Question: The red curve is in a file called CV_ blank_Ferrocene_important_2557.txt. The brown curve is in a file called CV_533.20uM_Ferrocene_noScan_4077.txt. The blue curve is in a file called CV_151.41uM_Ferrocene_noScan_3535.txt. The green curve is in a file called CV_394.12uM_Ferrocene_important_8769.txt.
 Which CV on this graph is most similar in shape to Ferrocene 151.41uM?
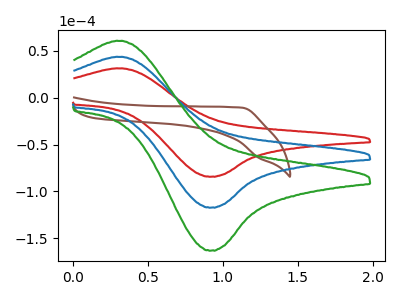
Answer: <think>The red curve "Ferrocene  blank" has an anodic peak at (0.35V, 31.30uA) and a cathodic peak at (0.90V, -84.20uA). The brown curve "Ferrocene 533.20uM" has no peaks. The blue curve "Ferrocene 151.41uM" has an anodic peak at (0.35V, 43.50uA) and a cathodic peak at (0.90V, -117.15uA). The green curve "Ferrocene 394.12uM" has an anodic peak at (0.35V, 87.05uA) and a cathodic peak at (0.90V, -234.35uA).
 "Ferrocene  blank" and "Ferrocene 533.20uM" have a different number of peaks. All the peaks in "Ferrocene  blank" have a peak in "Ferrocene 151.41uM" at the same potential. Every peak in "Ferrocene  blank" is lower than every peak in "Ferrocene 151.41uM". All the peaks in "Ferrocene  blank" have a peak in "Ferrocene 394.12uM" at the same potential. Every peak in "Ferrocene  blank" is lower than every peak in "Ferrocene 394.12uM". "Ferrocene 533.20uM" and "Ferrocene 151.41uM" have a different number of peaks. "Ferrocene 533.20uM" and "Ferrocene 394.12uM" have a different number of peaks. All the peaks in "Ferrocene 151.41uM" have a peak in "Ferrocene 394.12uM" at the same potential. Every peak in "Ferrocene 151.41uM" is lower than every peak in "Ferrocene 394.12uM".</think>
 <answer>"Ferrocene 151.41uM" and "Ferrocene 394.12uM" have a similar shape to "Ferrocene  blank".</answer>
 <eval>"Ferrocene 151.41uM" "Ferrocene 394.12uM"</eval>